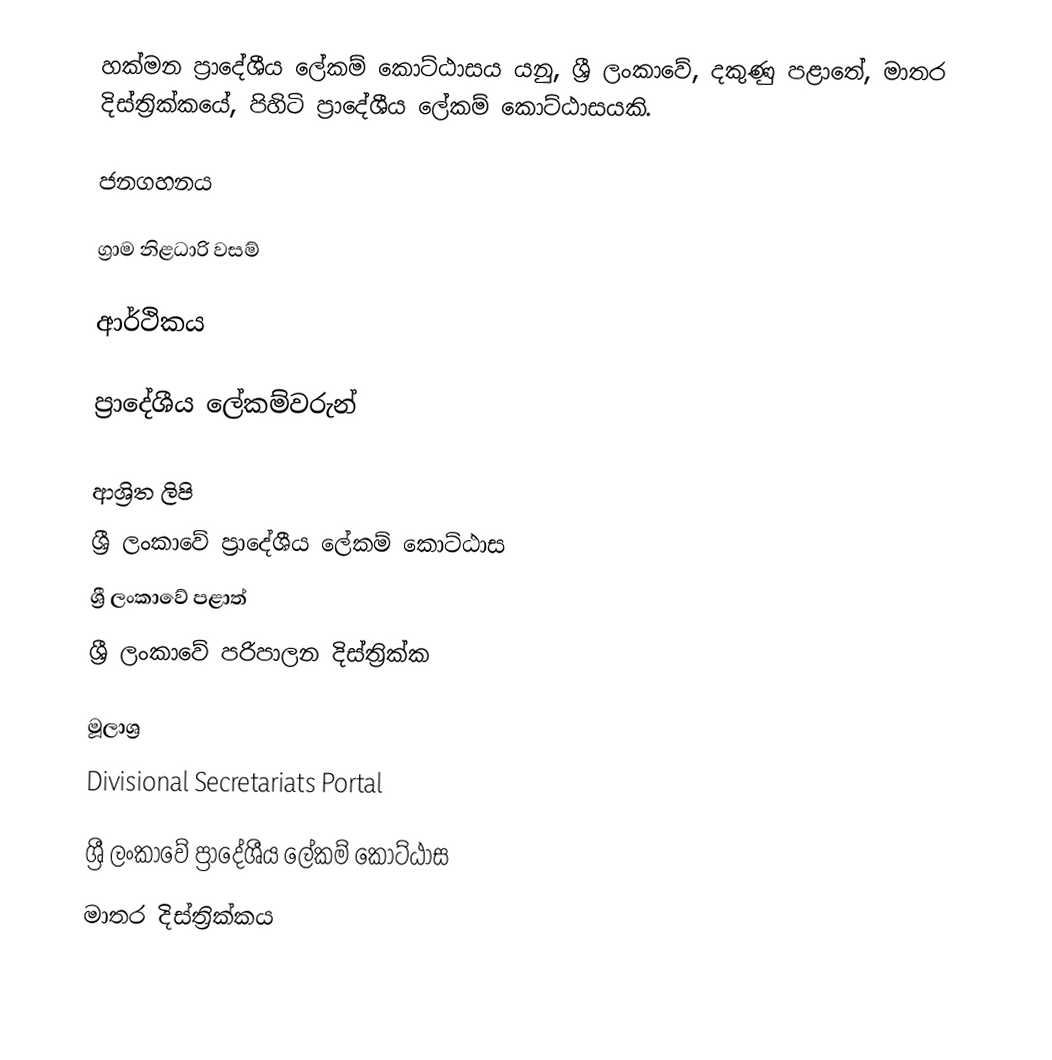
හක්මන ප්‍රාදේශීය ලේකම් කොට්ඨාසය යනු,  ශ්‍රී ලංකාවේ, දකුණු පළාතේ,   මාතර දිස්ත්‍රික්කයේ, පිහිටි ප්‍රාදේශීය ලේකම් කොට්ඨාසයකි.

ජනගහනය

ග්‍රාම නිළධාරි වසම්

ආර්ථිකය

ප්‍රාදේශීය ලේකම්වරුන්

ආශ්‍රිත ලිපි
ශ්‍රී ලංකාවේ ප්‍රාදේශීය ලේකම් කොට්ඨාස
ශ්‍රී ලංකාවේ පළාත්
ශ්‍රී ලංකාවේ පරිපාලන දිස්ත්‍රික්ක

මූලාශ්‍ර
 Divisional Secretariats Portal

ශ්‍රී ලංකාවේ ප්‍රාදේශීය ලේකම් කොට්ඨාස
මාතර දිස්ත්‍රික්කය